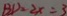
B D = 2 x = 3